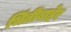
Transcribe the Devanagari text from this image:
भिंतींबाहेर